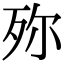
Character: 𣧢